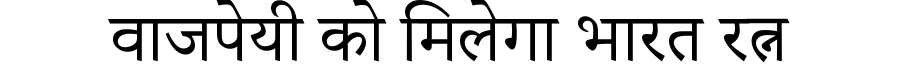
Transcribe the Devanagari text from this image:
वाजपेयी को मिलेगा भारत रत्न